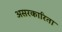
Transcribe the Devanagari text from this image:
असरकारिता